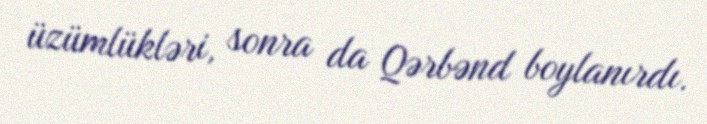
üzümlükləri, sonra da Qərbənd boylanırdı.